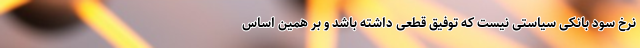
نرخ سود بانکی سیاستی نیست که توفیق قطعی داشته باشد و بر همین اساس